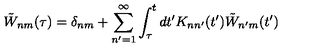
\tilde { W } _ { n m } ( \tau ) = \delta _ { n m } + \sum _ { n ^ { \prime } = 1 } ^ { \infty } \int _ { \tau } ^ { t } d t ^ { \prime } K _ { n n ^ { \prime } } ( t ^ { \prime } ) \tilde { W } _ { n ^ { \prime } m } ( t ^ { \prime } )